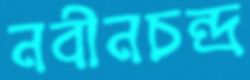
নবীনচন্দ্র